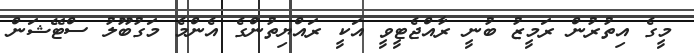
މީގެ އިތުރުން ރަމީޒު ބުނީ ރާއްޖެޓީވީ އަކީ ރައްޔިތުންގެ އެންމެ މަގުބޫލު ސްޓޭޝަން